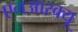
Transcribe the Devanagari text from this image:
एनआरक्यू